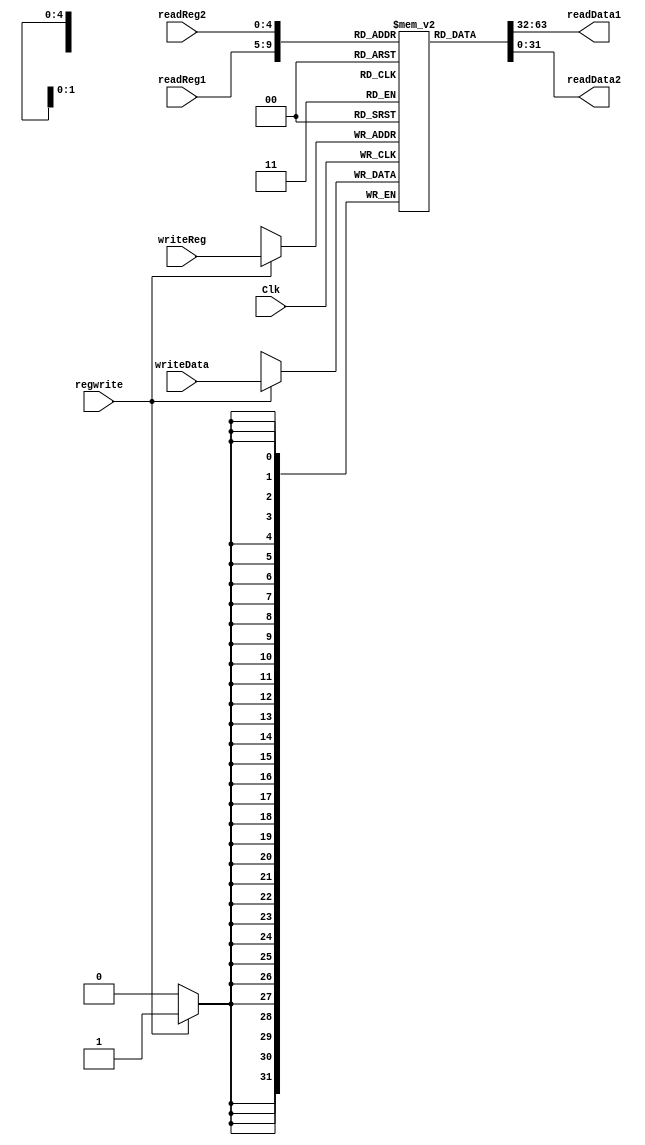
`timescale 1ns / 1ps
//////////////////////////////////////////////////////////////////////////////////
// Company: 
// Engineer: 
// 
// Design Name: 
// Module Name: Reg
// Project Name: 
// Target Devices: 
// Tool Versions: 
// Description: 
// 
// Dependencies: 
// 
// Revision:
// Revision 0.01 - File Created
// Additional Comments:
// 
//////////////////////////////////////////////////////////////////////////////////


module Reg(
 input Clk,
 input [25:21] readReg1,
 input [20:16] readReg2,
 input [4:0] writeReg,
 input [31:0] writeData,
 input regwrite,
 output reg [31:0] readData1,
 output reg [31:0] readData2
    );
    
 reg [31:0] regFile[31:0];
 
 
 always @ (readReg1 or readReg2 or writeReg)
 begin
 readData1=regFile[readReg1];
 readData2=regFile[readReg2];
 end
 
 always @ (negedge Clk)
 begin
 if(regwrite)
 begin
 regFile[writeReg]= writeData; 
 end
 
 
 end
 
 
    
    
    
    
    
    
    
    
    
    
endmodule